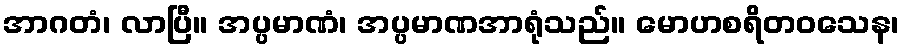
အာဂတံ၊ လာပြီ။ အပ္ပမာဏံ၊ အပ္ပမာဏအာရုံသည်။ မောဟစရိတဝသေန၊